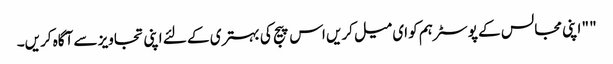
" " اپنی مجالس کے پوسٹر ہم کو ای میل کریں اس پیج کی بہتری کے لئے اپنی تجاویز سے آگاہ کریں۔